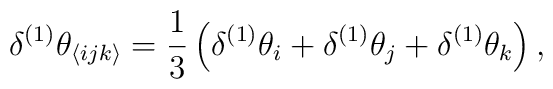
\delta^{(1)} \theta_{\langle ijk \rangle}= \frac{1}{3} \left(\delta^{(1)} \theta_i + \delta^{(1)} \theta_j + \delta^{(1)} \theta_k \right),